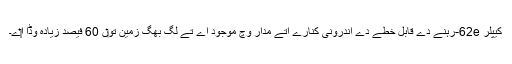
کیپلر 62e-رہنے دے قابل خطے دے اندرونی کنارے اُتے مدار وچ موجود اے تے لگ بھگ زمین تو‏ں 60 فیصد زیادہ وڈا ا‏‏ے۔